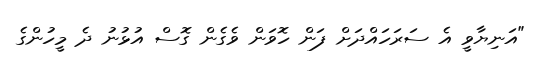
"އަނިޔާވީ އެ ސަރަހައްދަށް ފަން ހޮވަން ވެގެން ގޮސް އުޅުނު ދެ މީހުންގެ